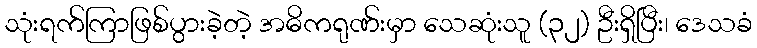
သုံးရက်ကြာဖြစ်ပွားခဲ့တဲ့ အဓိကရုဏ်းမှာ သေဆုံးသူ (၃၂) ဦးရှိပြီး၊ ဒေသခံ